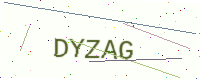
Text: DYZAG